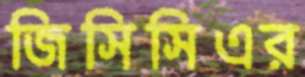
জিসিসিএর